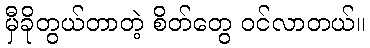
မှီခိုတွယ်တာတဲ့ စိတ်တွေ ဝင်လာတယ်။